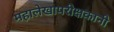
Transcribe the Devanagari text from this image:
महालेखापरीक्षकानी